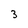
Character: 3